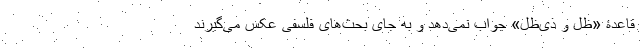
قاعدۀ «ظل و ذی‌ظل» جواب نمی‌دهد و به جای بحث‌های فلسفی عکس می‌گیرند